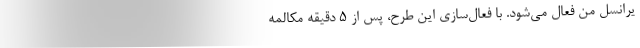
یرانسل من فعال می‌شود. با فعال‌سازی این طرح، پس از ۵ دقیقه مکالمه